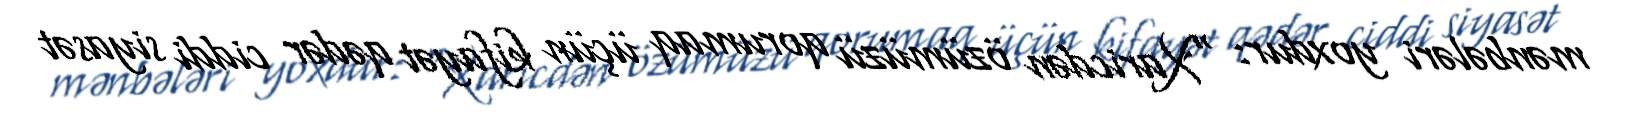
mənbələri yoxdur: “Xaricdən özümüzü qorumaq üçün kifayət qədər ciddi siyasət